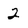
Character: 2